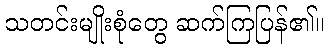
သတင်းမျိုးစုံတွေ ဆက်ကြပြန်၏။